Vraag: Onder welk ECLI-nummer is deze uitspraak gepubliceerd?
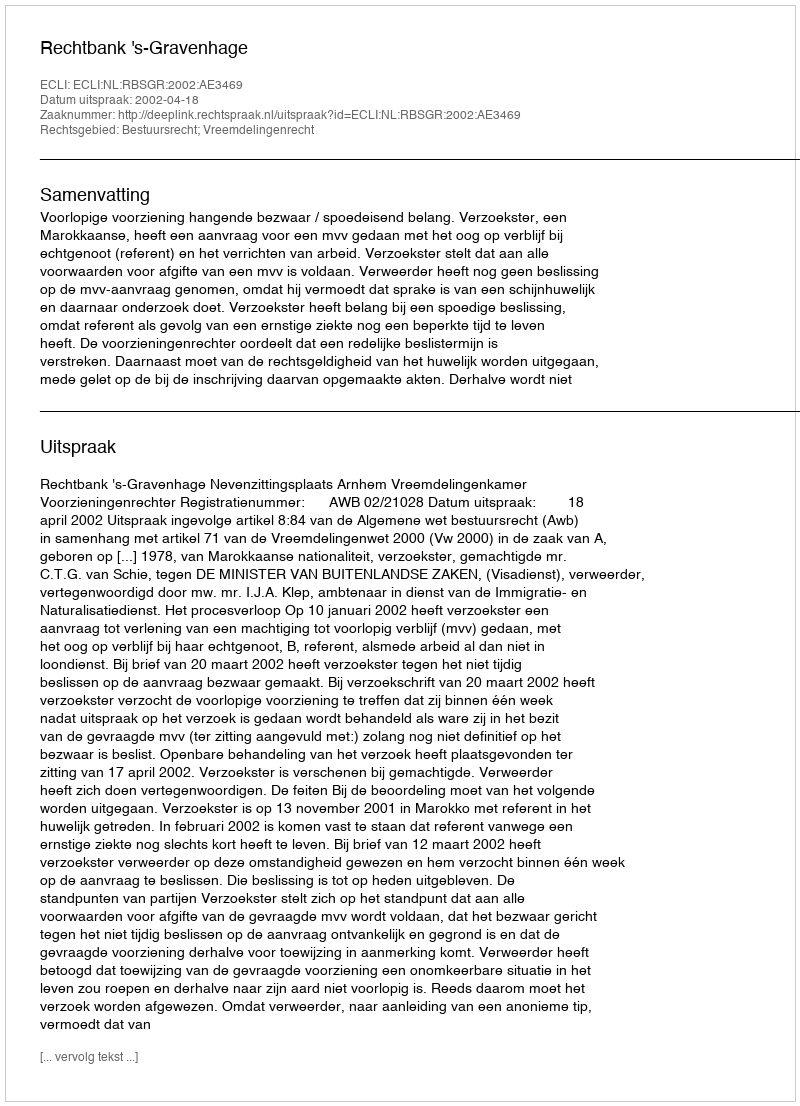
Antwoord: ECLI:NL:RBSGR:2002:AE3469